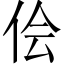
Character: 侩